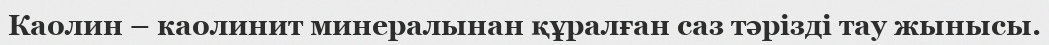
Каолин – каолинит минералынан құралған саз тәрізді тау жынысы.